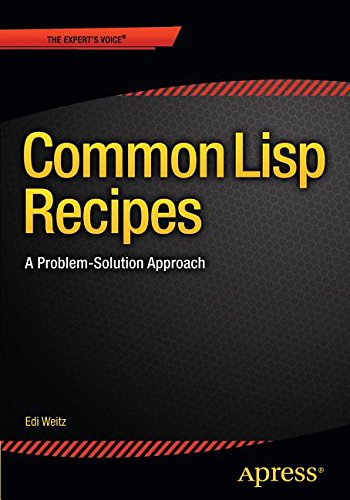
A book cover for Common Lisp Recipes: A Problem-Solution Approach; Edmund Weitz; Computers & Technology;